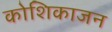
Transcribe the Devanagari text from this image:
कोशिकाजन